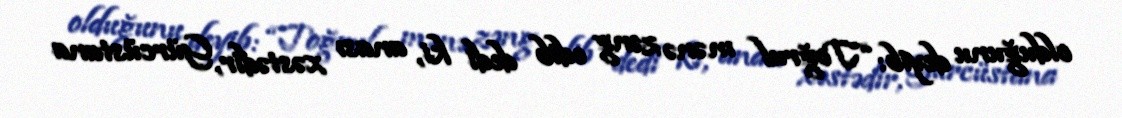
olduğunu deyib: “Toğrul mənə zəng edib dedi ki, anası xəstədir, Gürcüstana